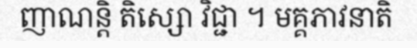
ញាណន្តិ តិស្សោ វិជ្ជា ។ មគ្គភាវនាតិ